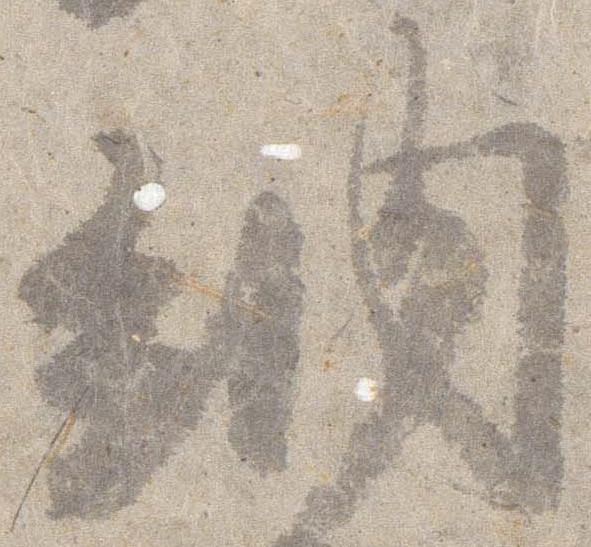
納